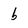
Character: b